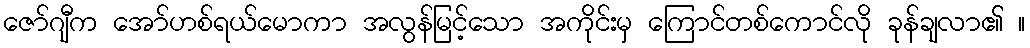
ဇော်ဂျီက အော်ဟစ်ရယ်မောကာ အလွန်မြင့်သော အကိုင်းမှ ကြောင်တစ်ကောင်လို ခုန်ချလာ၏ ။